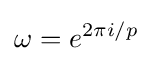
\omega =e^{2\pi i/p}